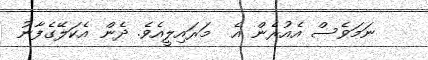
ނަމަވެސް އެއުރެން އެ  މަރައިލީއެވެ. ދެން އެކަލޭގެފާނު